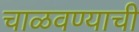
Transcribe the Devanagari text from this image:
चाळवण्याची